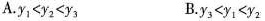
A.$$y _ { 1 } < y _ { 2 } < y _ { 3 }$$ B.$$y _ { 3 } < y _ { 1 } < y _ { 2 }$$